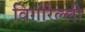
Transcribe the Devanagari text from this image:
विगोरेल्ली